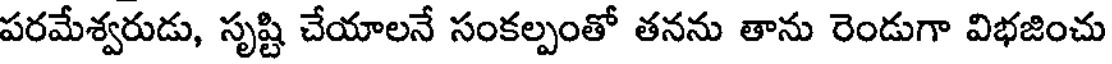
పరమేశ్వరుడు, సృష్టి చేయాలనే సంకల్పంతో తనను తాను రెండుగా విభజించు